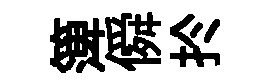
𥱼僢扵